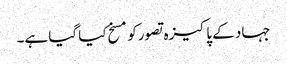
جہاد کے پاکیزہ تصورکومسخ کیا گیا ہے۔